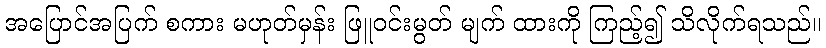
အပြောင်အပြက် စကား မဟုတ်မှန်း ဖြူဝင်းမွတ် မျက် ထားကို ကြည့်၍ သိလိုက်ရသည်။